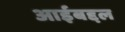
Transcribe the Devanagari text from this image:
आईबद्दल